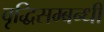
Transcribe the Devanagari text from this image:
वृद्धिसम्बन्धी